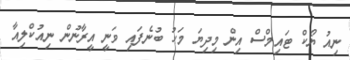
ނިއު ޔޯކް ޓައިމްސް އިން މިދިޔަ މަހު ބުނެފައި ވަނީ އީރާނުން ނިއުކްލިއާ